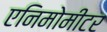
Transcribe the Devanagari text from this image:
एनिमोमीटर